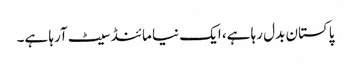
پاکستان بدل رہا ہے، ایک نیا مائنڈ سیٹ آرہا ہے۔